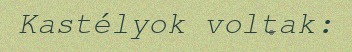
Kastélyok voltak: